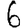
Digit: 6